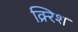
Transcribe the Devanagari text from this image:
क्र्रिश